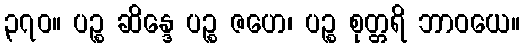
၃၇၀။ ပဉ္စ ဆိန္ဒေ ပဉ္စ ဇဟေ၊ ပဉ္စ စုတ္တရိ ဘာဝယေ။